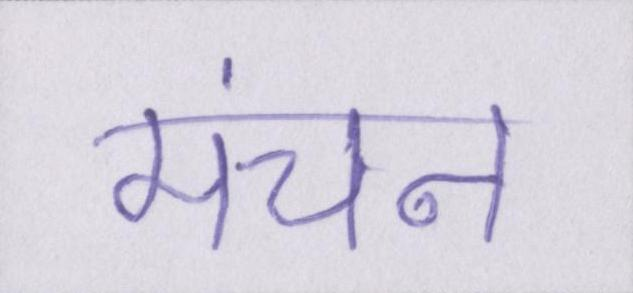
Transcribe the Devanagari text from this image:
मंचन